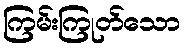
ကြမ်းကြုတ်သော